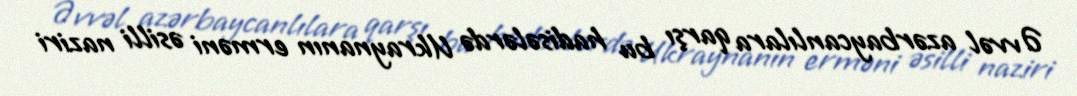
Əvvəl azərbaycanlılara qarşı bu hadisələrdə Ukraynanın erməni əsilli naziri